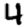
Digit: 4